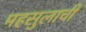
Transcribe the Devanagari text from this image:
महसुलाची